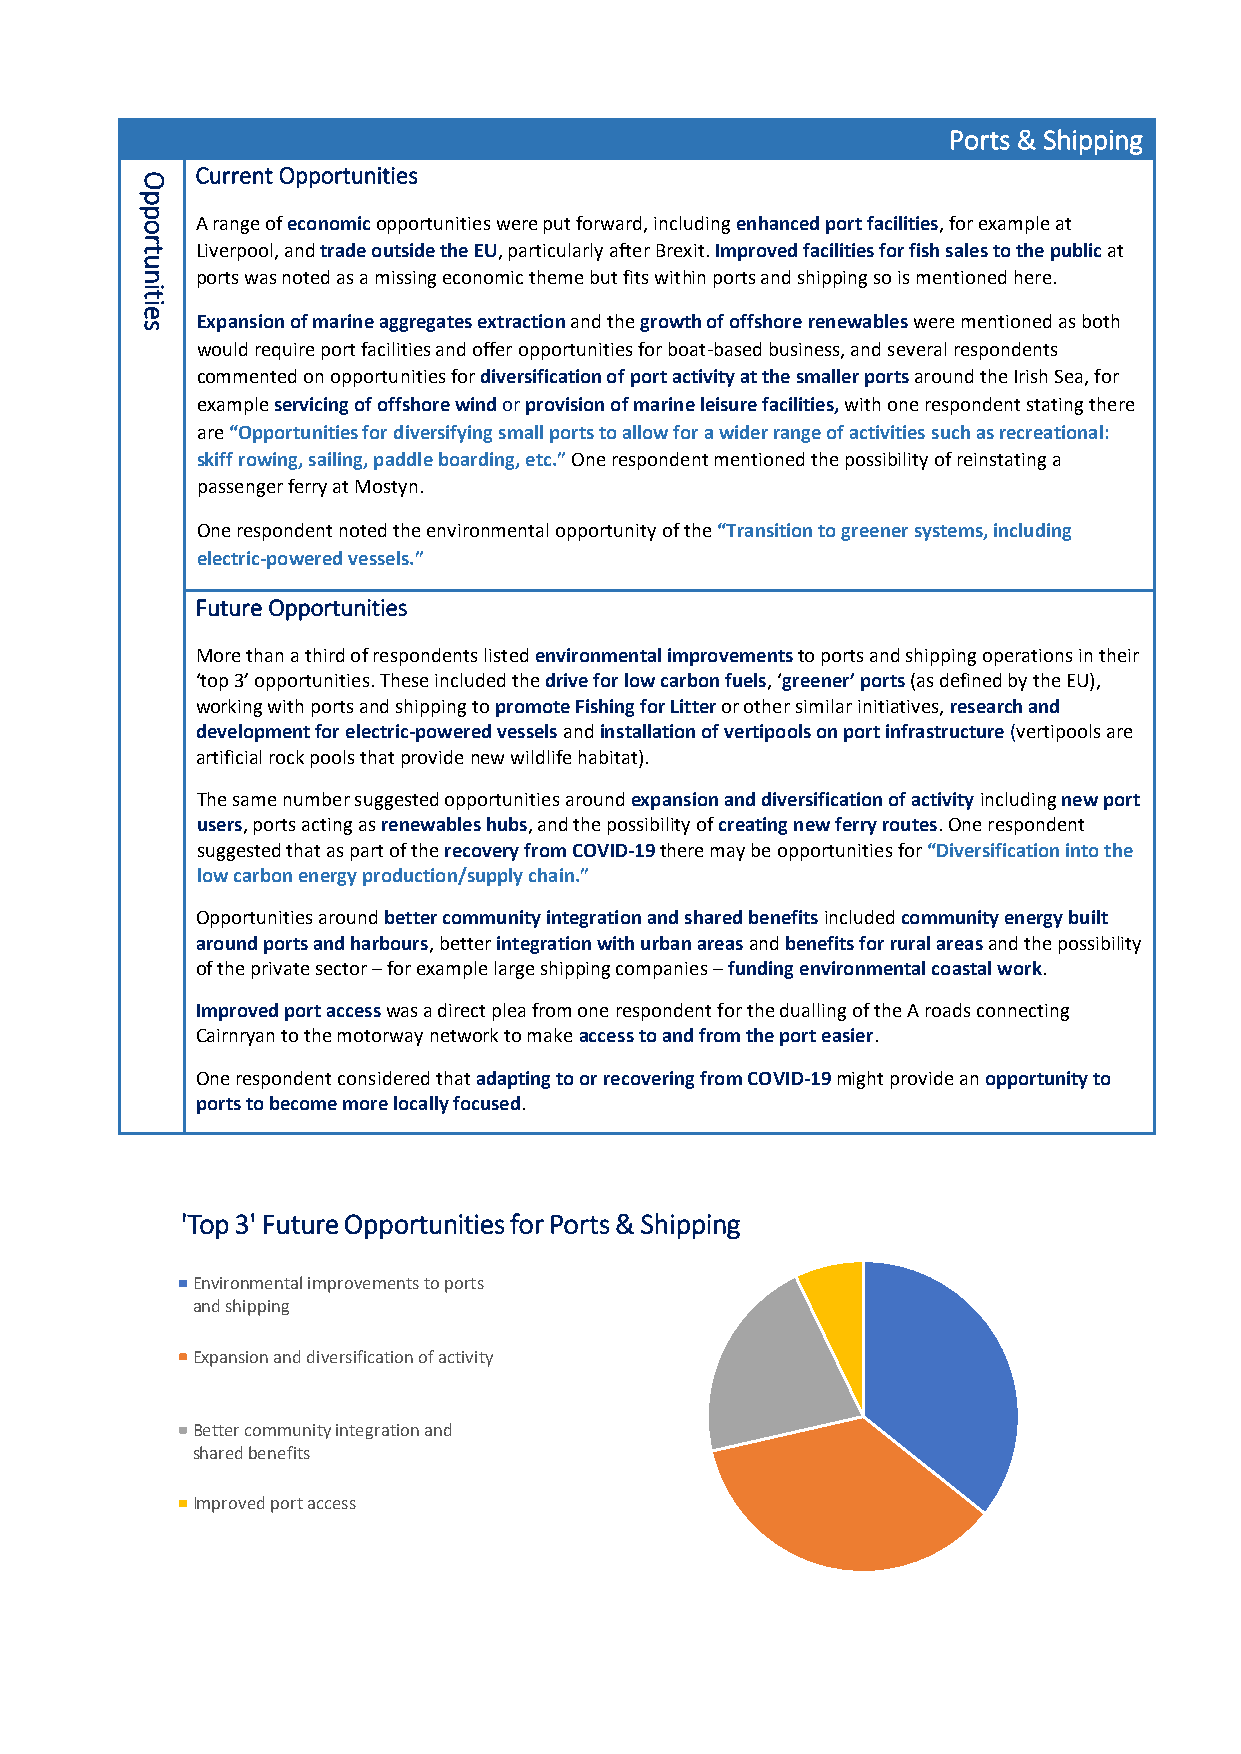
Ports & Shipping
 O
 Current Opportunities
 p
 p
 o   A range of economic opportunities were put forward, including enhanced port facilities, for example at
 r
 t   Liverpool, and trade outside the EU, particularly after Brexit. Improved facilities for fish sales to the public at
 u
 n   ports was noted as a missing economic theme but fits within ports and shipping so is mentioned here.
 it
 ie
 Expansion of marine aggregates extraction and the growth of offshore renewables were mentioned as both
 s
 would require port facilities and offer opportunities for boat-based business, and several respondents
 commented on opportunities for diversification of port activity at the smaller ports around the Irish Sea, for
 example servicing of offshore wind or provision of marine leisure facilities, with one respondent stating there
 are “Opportunities for diversifying small ports to allow for a wider range of activities such as recreational:
 skiff rowing, sailing, paddle boarding, etc.” One respondent mentioned the possibility of reinstating a
 passenger ferry at Mostyn.
 One respondent noted the environmental opportunity of the “Transition to greener systems, including
 electric-powered vessels.”
 Future Opportunities
 More than a third of respondents listed environmental improvements to ports and shipping operations in their
 ‘top 3’ opportunities. These included the drive for low carbon fuels, ‘greener’ ports (as defined by the EU),
 working with ports and shipping to promote Fishing for Litter or other similar initiatives, research and
 development for electric-powered vessels and installation of vertipools on port infrastructure (vertipools are
 artificial rock pools that provide new wildlife habitat).
 The same number suggested opportunities around expansion and diversification of activity including new port
 users, ports acting as renewables hubs, and the possibility of creating new ferry routes. One respondent
 suggested that as part of the recovery from COVID-19 there may be opportunities for “Diversification into the
 low carbon energy production/supply chain.”
 Opportunities around better community integration and shared benefits included community energy built
 around ports and harbours, better integration with urban areas and benefits for rural areas and the possibility
 of the private sector – for example large shipping companies – funding environmental coastal work.
 Improved port access was a direct plea from one respondent for the dualling of the A roads connecting
 Cairnryan to the motorway network to make access to and from the port easier.
 One respondent considered that adapting to or recovering from COVID-19 might provide an opportunity to
 ports to become more locally focused.
 'Top 3' Future Opportunities for Ports & Shipping
 Environmental improvements to ports
 and shipping
 Expansion and diversification of activity
 Better community integration and
 shared benefits
 Improved port access